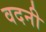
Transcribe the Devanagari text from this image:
वदनी